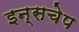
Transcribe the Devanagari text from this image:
इन्सचेप